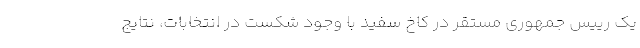
یک رییس جمهوری مستقر در کاخ سفید با وجود شکست در انتخابات، نتایج